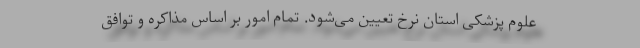
علوم پزشکی استان نرخ تعیین می‌شود. تمام امور بر اساس مذاکره و توافق